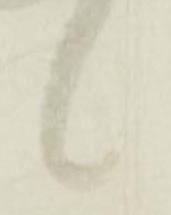
候